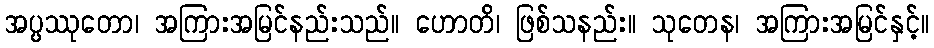
အပ္ပဿုတော၊ အကြားအမြင်နည်းသည်။ ဟောတိ၊ ဖြစ်သနည်း။ သုတေန၊ အကြားအမြင်နှင့်။